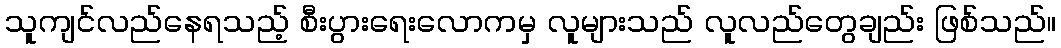
သူကျင်လည်နေရသည့် စီးပွားရေးလောကမှ လူများသည် လူလည်တွေချည်း ဖြစ်သည်။